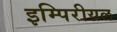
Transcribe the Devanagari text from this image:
इम्पिरीयल